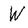
Character: W